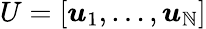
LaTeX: U=\left[\boldsymbol{u}_{1},\ldots,\boldsymbol{u}_{\mathbb{N}}\right]